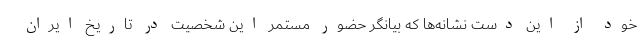
خود از این دست نشانه‌ها که بیانگر حضور مستمر این شخصیت در تاریخ ایران